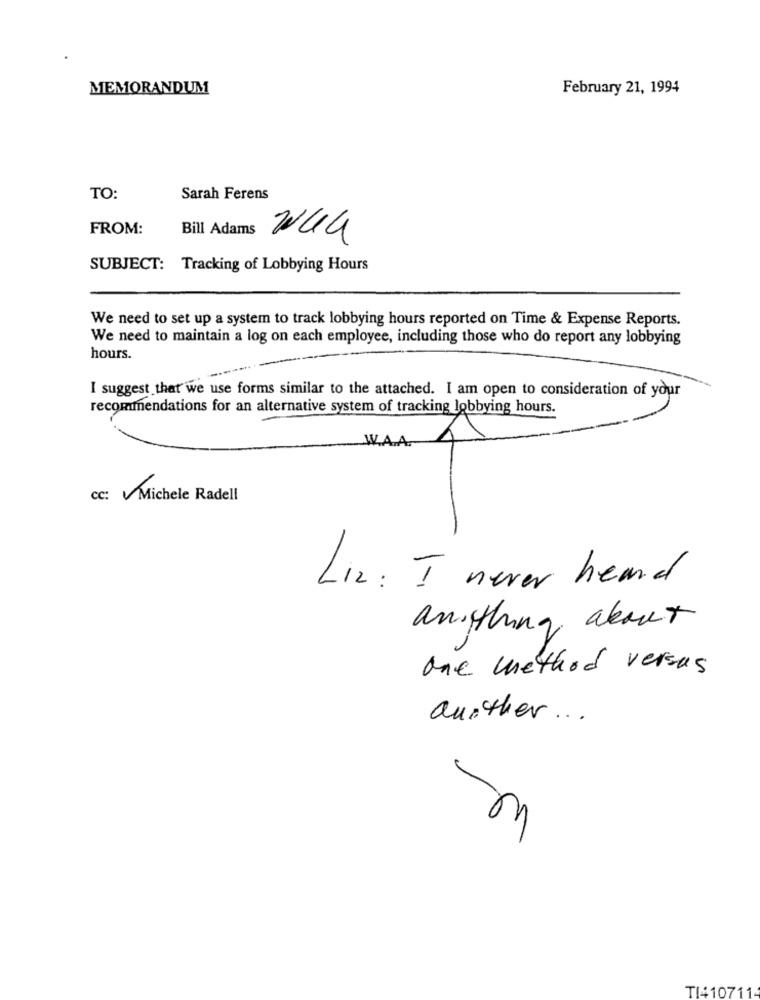
MEMORANDUM
February 21, 1994
TO:
Sarah Ferens
FROM:
Bill Adams 24G
SUBJECT: Tracking of Lobbying Hours
We need to set up a system to track lobbying hours reported on Time & Expense Reports.
We need to maintain a log on each employee, including those who do report any lobbying
hours.
I suggest that we use forms similar to the attached. I am open to consideration of your
recommendations for an alternative system of tracking lobbying hours.
Cc: Michele Radell
Liz: I never heard
anything about
one method versus
auxther ...
TI410711